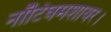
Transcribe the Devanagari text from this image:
नॉटिंघमशायर।